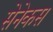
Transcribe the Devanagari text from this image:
सेनेकस